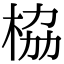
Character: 栛